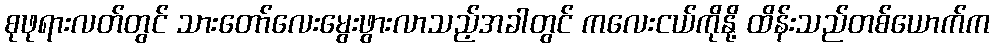
စုဖုရားလတ်တွင် သားတော်လေးမွေးဖွားလာသည့်အခါတွင် ကလေးငယ်ကိုနို့ ထိန်းသည်တစ်ယောက်က